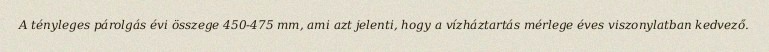
A tényleges párolgás évi összege 450-475 mm, ami azt jelenti, hogy a vízháztartás mérlege éves viszonylatban kedvező.